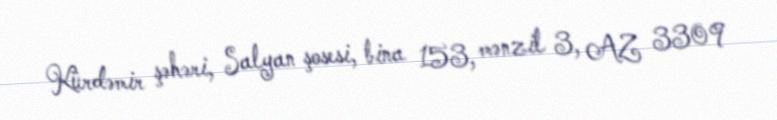
Kürdəmir şəhəri, Salyan şosesi, bina 153, mənzil 3, AZ 3309